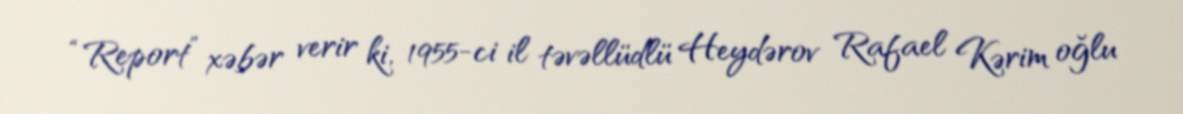
“Report” xəbər verir ki, 1955-ci il təvəllüdlü Heydərov Rafael Kərim oğlu